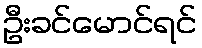
ဦးခင်မောင်ရင်